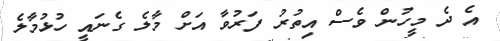
އެ ދެ މީހުން ވެސް އިތުރު ފަރުވާ އަށް މާލެ ގެނައީ ހުޅުމާލެ